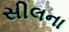
સીલના